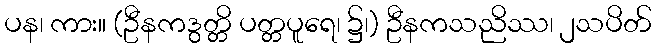
ပန၊ ကား။ (ဦနကဒွတ္တိ ပတ္တပူရေ၊ ၌၊) ဦနကသညိဿ၊ ၂သပိတ်